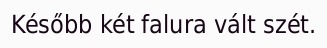
Később két falura vált szét.